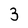
Character: 3